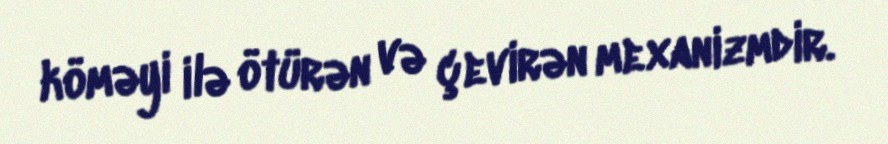
köməyi ilə ötürən və çevirən mexanizmdir.